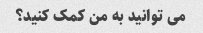
می توانید به من کمک کنید؟